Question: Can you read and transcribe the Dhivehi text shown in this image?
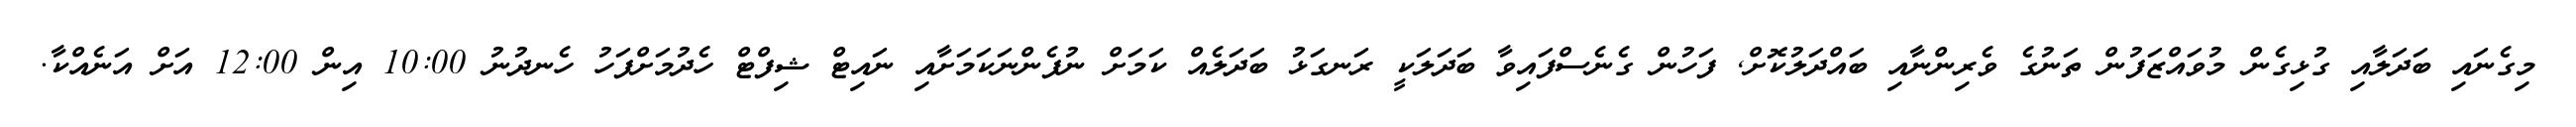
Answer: މިގެނައި ބަދަލާއި ގުޅިގެން މުވައްޒަފުން ތަނުގެ ވެރިންނާއި ބައްދަލުކޮށް, ފަހުން ގެނެސްފައިވާ ބަދަލަކީ ރަނގަޅު ބަދަލެއް ކަމަށް ނުފެންނަކަމަށާއި ނައިޓް ޝިފްޓް ހެދުމަށްފަހު ހެނދުނު 10:00 އިން 12:00 އަށް އަނެއްކާ.